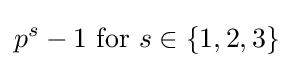
p^{s}-1{\text{ for }}s\in \{1,2,3\}